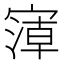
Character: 𰍘